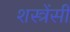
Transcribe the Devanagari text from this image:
शस्त्रेंसी